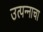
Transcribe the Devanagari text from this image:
उत्‍पन्‍नाचा